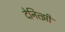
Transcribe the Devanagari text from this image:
देनित्झी